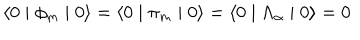
\langle 0 \mid \phi _ { m } \mid 0 \rangle = \langle 0 \mid \pi _ { m } \mid 0 \rangle = \langle 0 \mid \Lambda _ { \alpha } \mid 0 \rangle = 0